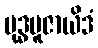
ဗုဒ္ဓပူဇာယိဒံ